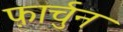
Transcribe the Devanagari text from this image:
फ़ार्चुन